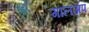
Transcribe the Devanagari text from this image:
गालअप